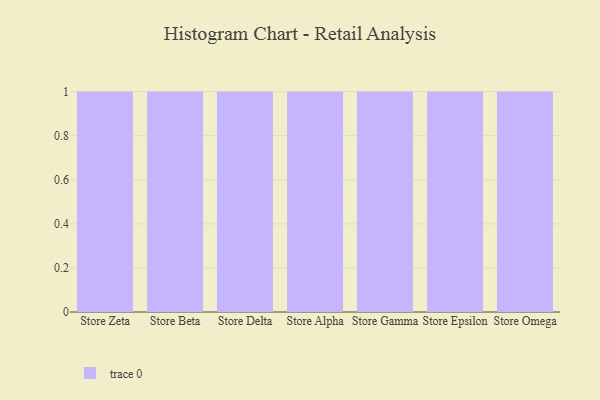
{"axis": {"x": "Store", "y": "LTV (USD)"}, "legend": [""], "data": [{"x": "Store Zeta", "y": 70, "type": ""}, {"x": "Store Beta", "y": 24, "type": ""}, {"x": "Store Delta", "y": 93, "type": ""}, {"x": "Store Alpha", "y": 44, "type": ""}, {"x": "Store Gamma", "y": 10, "type": ""}, {"x": "Store Epsilon", "y": 60, "type": ""}, {"x": "Store Omega", "y": 24, "type": ""}]}